Indian journal of veterinary science and animal husbandry - Volume 1,
Year: 1931
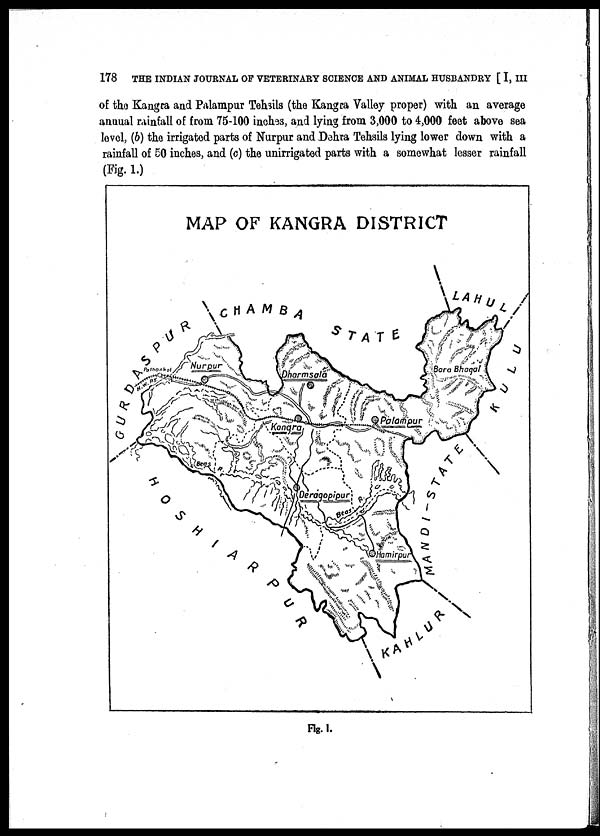
178 THE INDIAN JOURNAL OF VETERINARY SCIENCE AND ANIMAL HUSBANDRY [ I, III
of the Kangra and Palampur Tehsils (the Kangra Valley proper) with an average
annual rainfall of from 75-100 inches, and lying from 3,000 to 4,000 feet above sea
level, (b) the irrigated parts of Nurpur and Dehra Tehsils lying lower down with a
rainfall of 50 inches, and (c) the unirrigated parts with a somewhat lesser rainfall
(Fig. 1.)
Fig. 1.